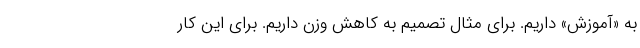
به «آموزش» داریم. برای مثال تصمیم به کاهش وزن داریم. برای این کار